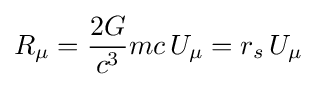
R_{\mu }={\frac {2G}{c^{3}}}mc\,U_{\mu }=r_{s}\,U_{\mu }